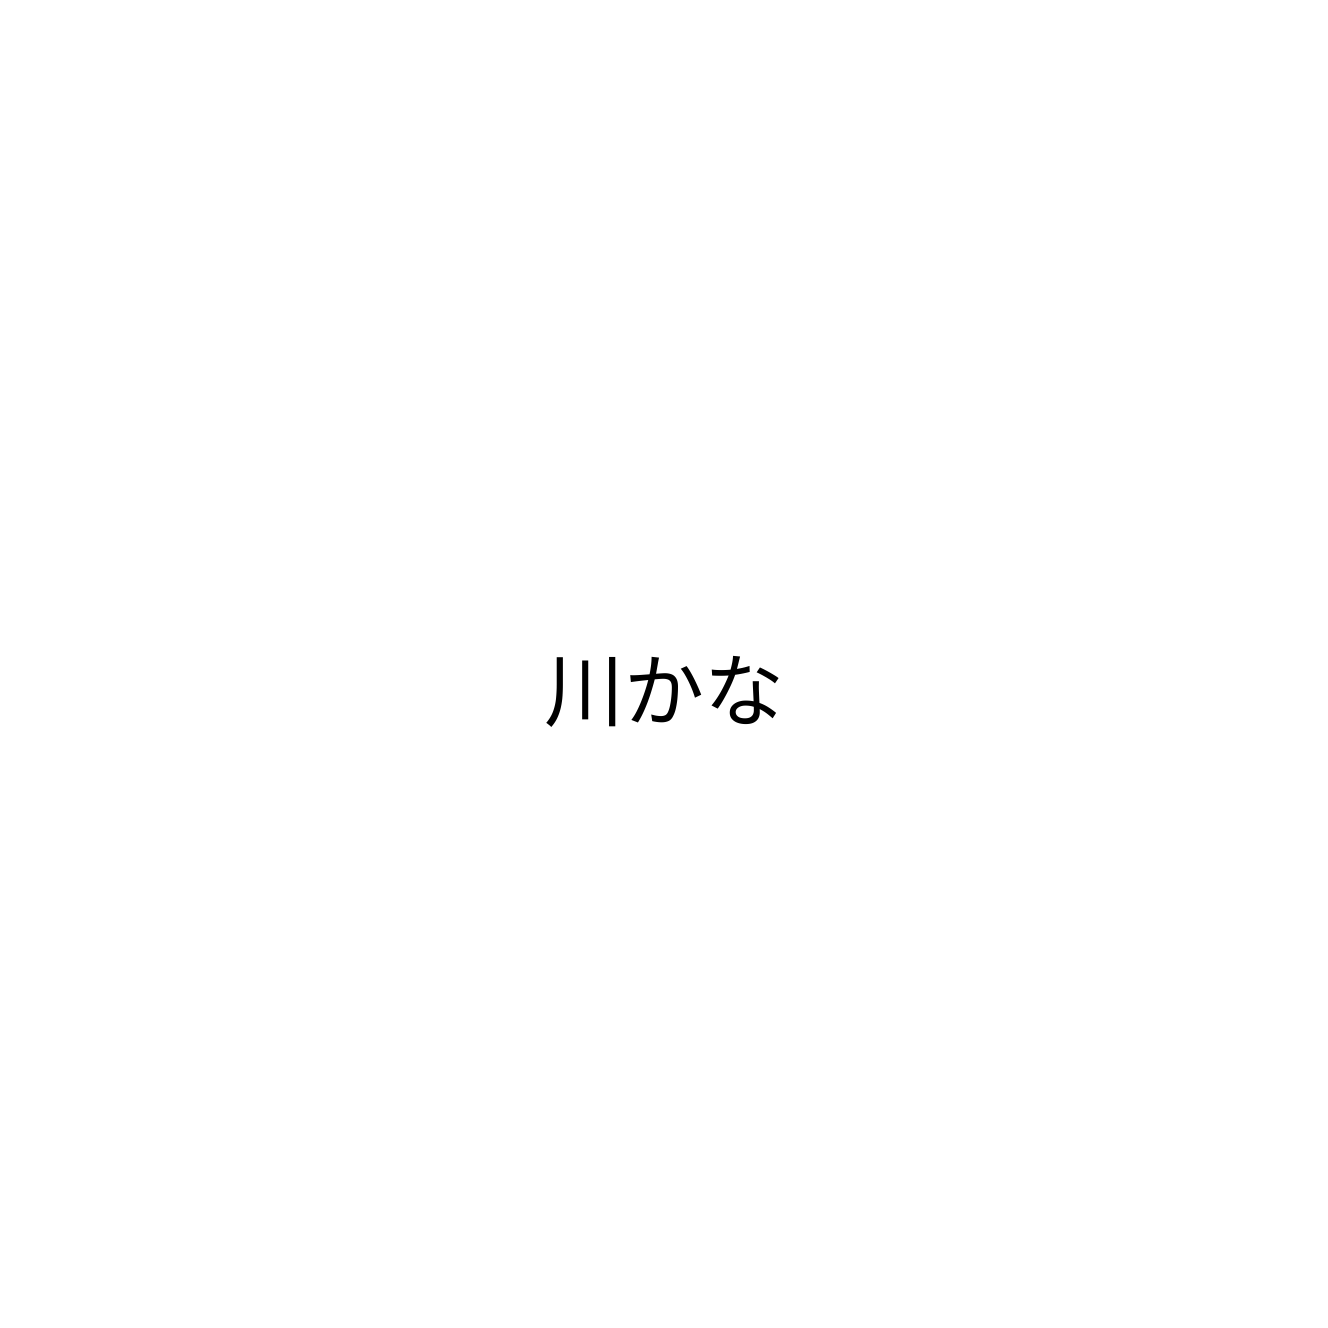
川かな